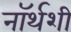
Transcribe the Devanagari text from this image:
नॉर्थशी